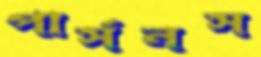
পার্সনস